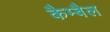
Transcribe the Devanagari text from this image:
कैम्बैल